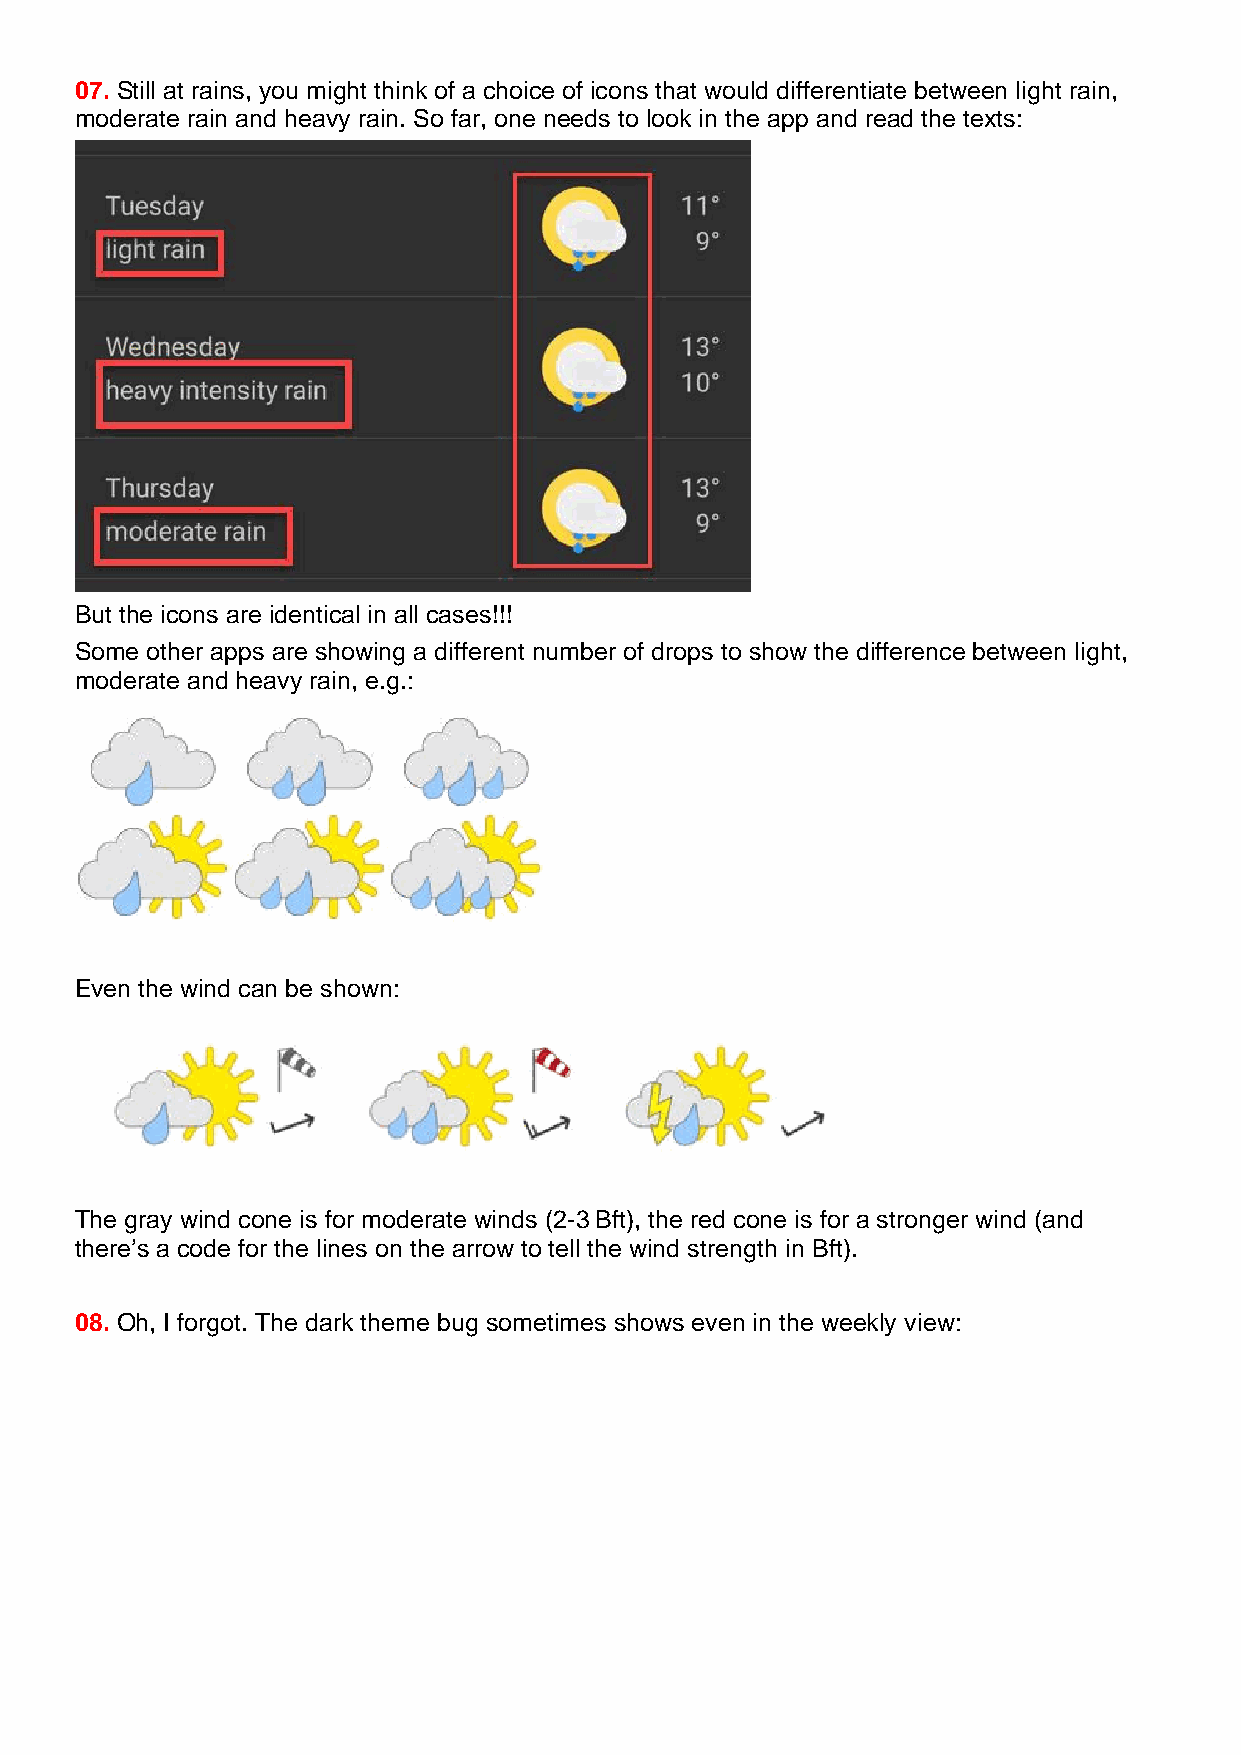
07. Still at rains, you might think of a choice of icons that would differentiate between light rain,
 moderate rain and heavy rain. So far, one needs to look in the app and read the texts:
 But the icons are identical in all cases!!!
 Some other apps are showing a different number of drops to show the difference between light,
 moderate and heavy rain, e.g.:
 Even the wind can be shown:
 The gray wind cone is for moderate winds (2-3 Bft), the red cone is for a stronger wind (and
 there’s a code for the lines on the arrow to tell the wind strength in Bft).
 08. Oh, I forgot. The dark theme bug sometimes shows even in the weekly view: